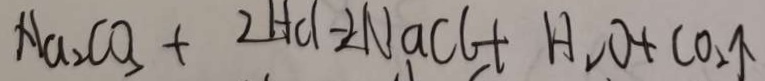
N a _ { 2 } C O _ { 3 } + 2 H C l - 2 N a C l + H _ { 2 } O + C O _ { 2 } \uparrow